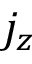
j _ { z }